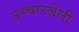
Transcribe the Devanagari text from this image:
उच्चारलेली